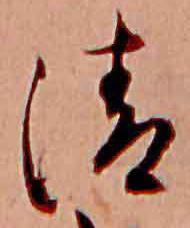
清